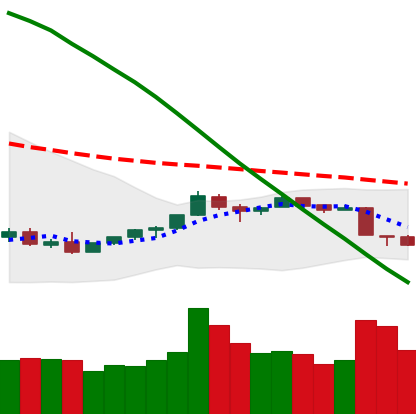
Ticker: TRX-USD
Chart end date: 2018-09-07
Forward return: -11.42%
Label: down_7plus